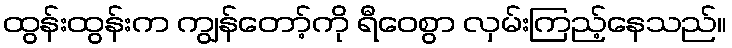
ထွန်းထွန်းက ကျွန်တော့်ကို ရီဝေစွာ လှမ်းကြည့်နေသည်။